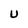
Character: U